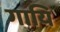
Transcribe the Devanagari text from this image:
गायि